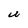
Character: U